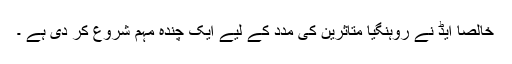
خالصا ایڈ نے روہنگیا متاثرین کی مدد کے لیے ایک چندہ مہم شروع کر دی ہے ۔